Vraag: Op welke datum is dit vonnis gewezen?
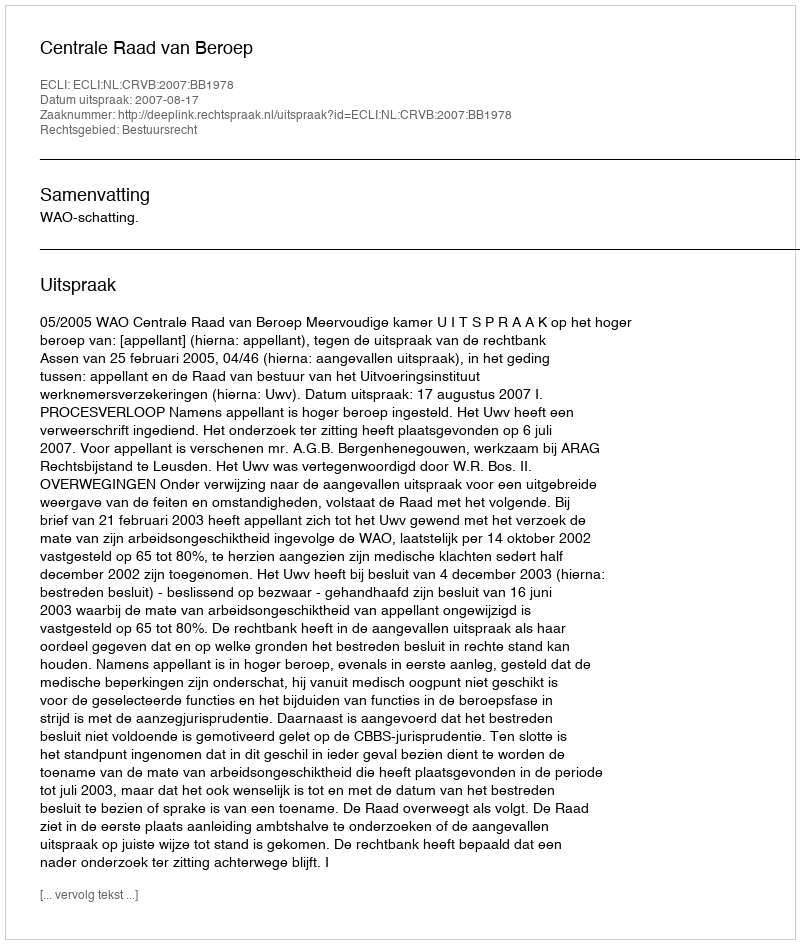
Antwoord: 2007-08-17